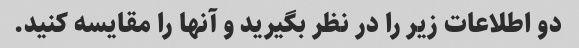
دو اطلاعات زیر را در نظر بگیرید و آنها را مقایسه کنید.